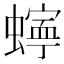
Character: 𮔾